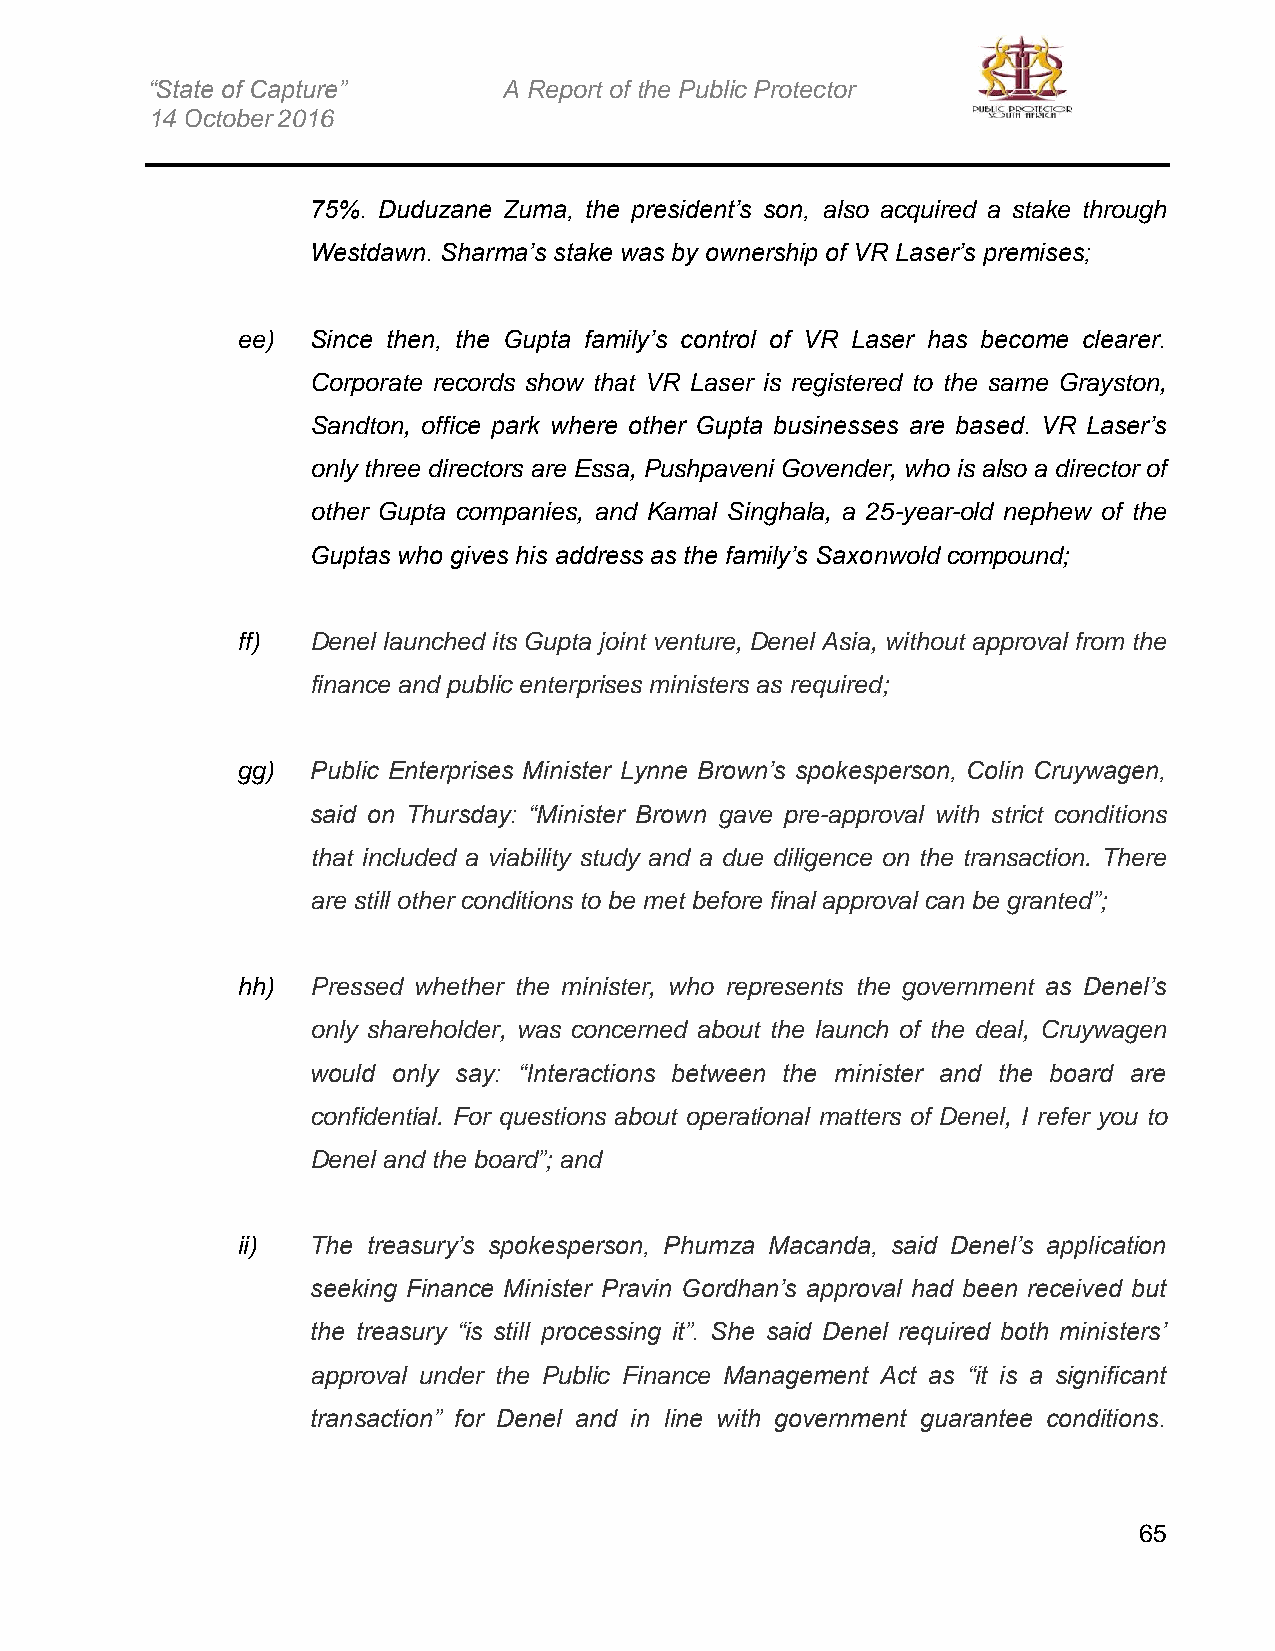
“State of Capture”     A Report of the Public Protector
 14 October 2016
 75%. Duduzane Zuma, the president’s son, also acquired a stake through
 Westdawn. Sharma’s stake was by ownership of VR Laser’s premises;
 ee)  Since then, the Gupta family’s control of VR Laser has become clearer.
 Corporate records show that VR Laser is registered to the same Grayston,
 Sandton, office park where other Gupta businesses are based. VR Laser’s
 only three directors are Essa, Pushpaveni Govender, who is also a director of
 other Gupta companies, and Kamal Singhala, a 25-year-old nephew of the
 Guptas who gives his address as the family’s Saxonwold compound;
 ff)  Denel launched its Gupta joint venture, Denel Asia, without approval from the
 finance and public enterprises ministers as required;
 gg)  Public Enterprises Minister Lynne Brown’s spokesperson, Colin Cruywagen,
 said on Thursday: “Minister Brown gave pre-approval with strict conditions
 that included a viability study and a due diligence on the transaction. There
 are still other conditions to be met before final approval can be granted”;
 hh)  Pressed whether the minister, who represents the government as Denel’s
 only shareholder, was concerned about the launch of the deal, Cruywagen
 would only say: “Interactions between the minister and the board are
 confidential. For questions about operational matters of Denel, I refer you to
 Denel and the board”; and
 ii)  The treasury’s spokesperson, Phumza Macanda, said Denel’s application
 seeking Finance Minister Pravin Gordhan’s approval had been received but
 the treasury “is still processing it”. She said Denel required both ministers’
 approval under the Public Finance Management Act as “it is a significant
 transaction” for Denel and in line with government guarantee conditions.
 65